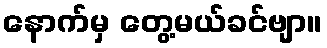
နောက်မှ တွေ့မယ်ခင်ဗျာ။